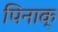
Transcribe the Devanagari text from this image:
पिनाक्